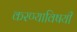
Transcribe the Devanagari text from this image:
करण्‍याविषयी